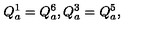
Q _ { a } ^ { 1 } = Q _ { a } ^ { 6 } , Q _ { a } ^ { 3 } = Q _ { a } ^ { 5 } , \,